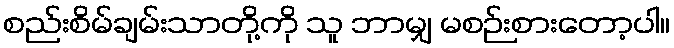
စည်းစိမ်ချမ်းသာတို့ကို သူ ဘာမျှ မစဉ်းစားတော့ပါ။